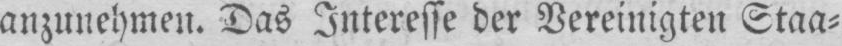
anzunehmen. Das Interesse der Vereinigten Staa⸗